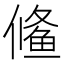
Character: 𱇱